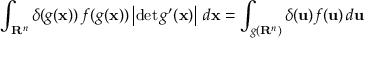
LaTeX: \int _ { \mathbf { R } ^ { n } } \delta ( g ( \mathbf { x } ) ) \, f ( g ( \mathbf { x } ) ) \left| \operatorname* { d e t } g ^ { \prime } ( \mathbf { x } ) \right| \, d \mathbf { x } = \int _ { g ( \mathbf { R } ^ { n } ) } \delta ( \mathbf { u } ) f ( \mathbf { u } ) \, d \mathbf { u }